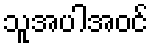
သူအပါအဝင်